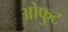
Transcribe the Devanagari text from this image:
ओफुट